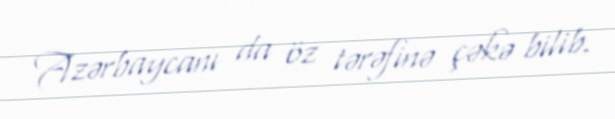
Azərbaycanı da öz tərəfinə çəkə bilib.